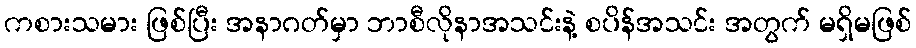
ကစားသမား ဖြစ်ပြီး အနာဂတ်မှာ ဘာစီလိုနာအသင်းနဲ့ စပိန်အသင်း အတွက် မရှိမဖြစ်